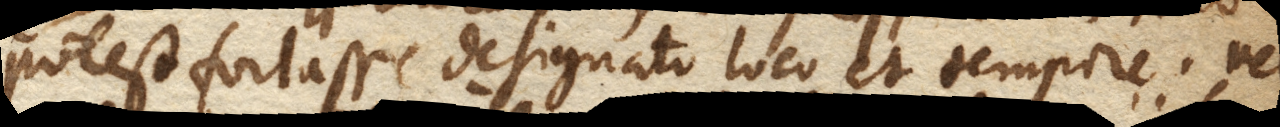
potest fortasse designato loco et tempore, vel